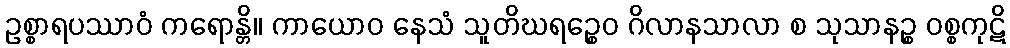
ဥစ္စာရပဿာဝံ ကရောန္တိ။ ကာယောဝ နေသံ သူတိဃရဉ္စေဝ ဂိလာနသာလာ စ သုသာနဉ္စ ဝစ္စကုဋိ